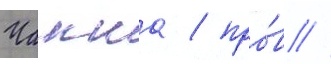
Чанша / про́в //